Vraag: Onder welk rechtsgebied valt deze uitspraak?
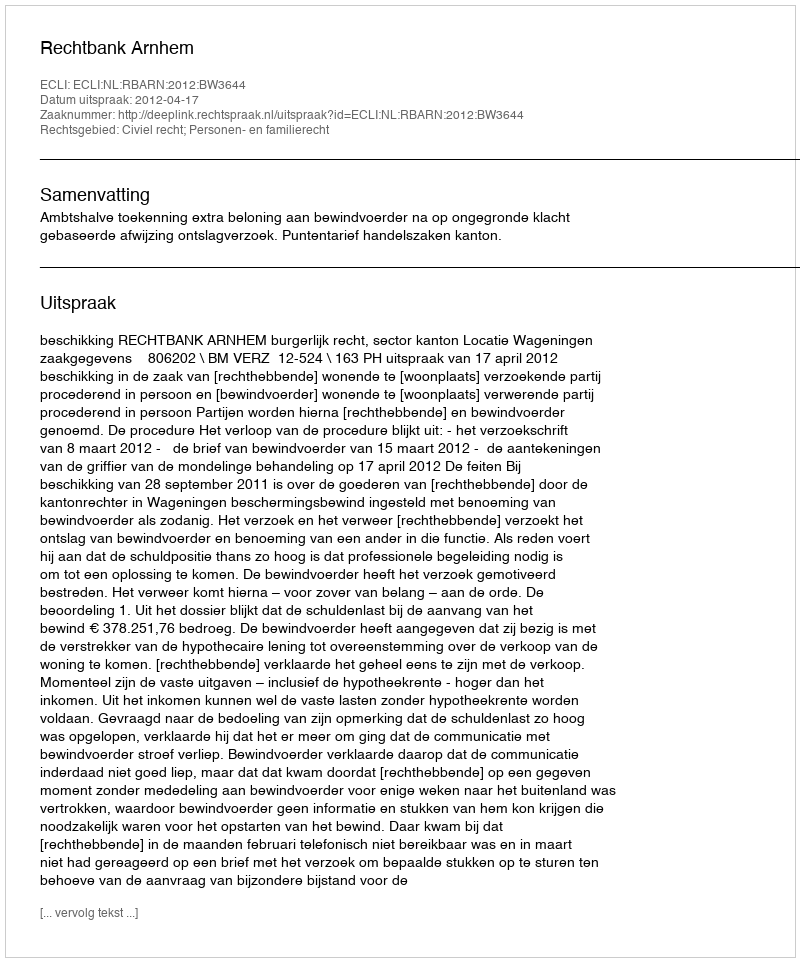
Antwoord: Civiel recht; Personen- en familierecht